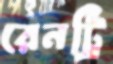
রেনট্রি